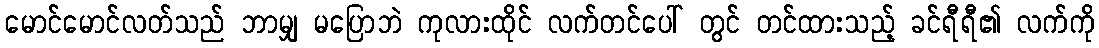
မောင်မောင်လတ်သည် ဘာမျှ မပြောဘဲ ကုလားထိုင် လက်တင်ပေါ် တွင် တင်ထားသည့် ခင်ရီရီ၏ လက်ကို